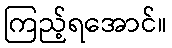
ကြည့်ရအောင်။